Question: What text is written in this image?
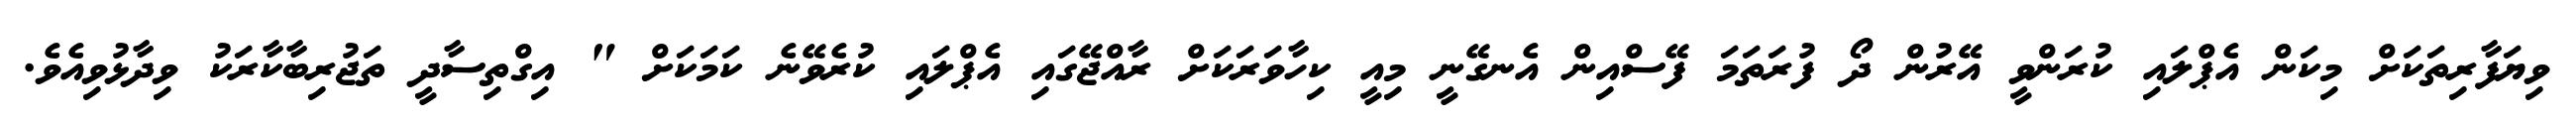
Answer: ވިޔަފާރިތަކަށް މިކަން އެޕްލައި ކުރަންވީ އޭރުން ދޯ ފުރަތަމަ ފޭސްއިން އެނގޭނީ މިއީ ކިހާވަރަކަށް ރާއްޖޭގައި އެޕްލައި ކުރެވޭނެ ކަމަކަށް " އިގްތިސާދީ ތަޖުރިބާކާރަކު ވިދާޅުވިއެވެ.